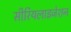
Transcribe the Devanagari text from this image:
सीरियलाइजेशन